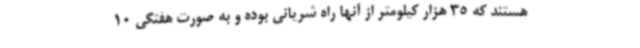
هستند که 35 هزار کیلومتر از آنها راه شریانی بوده و به صورت هفتگی 10